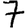
Digit: 7